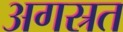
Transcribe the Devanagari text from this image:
अगस्रत